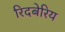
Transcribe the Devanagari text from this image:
रिदबेरिय